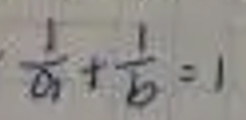
\[
\frac{1}{a}+\frac{1}{b}=1
\]